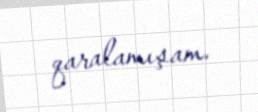
qaralamışam.